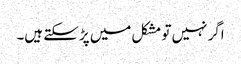
اگر نہیں تو مشکل میں پڑ سکتے ہیں۔